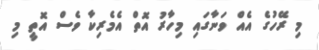
މި ރޭހުގެ އެއް ވަނާގައި މިހާރު އޮތް އެމެރިކާ ވެސް އޮތީ މި